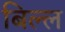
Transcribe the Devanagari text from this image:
बिल्ल